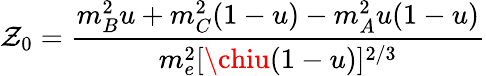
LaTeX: \mathcal{Z}_{0}=\frac{{m_{B}^{2}u+m_{C}^{2}(1-u)-m_{A}^{2}u(1-u)}}{{m_{e}^{2}[\chiu(1-u)]^{2/3}}}